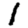
Digit: 1